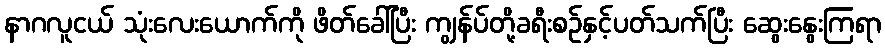
နာဂလူငယ် သုံးလေးယောက်ကို ဖိတ်ခေါ်ပြီး ကျွန်ပ်တို့ခရီးစဉ်နှင့်ပတ်သက်ပြီး ဆွေးနွေးကြရာ